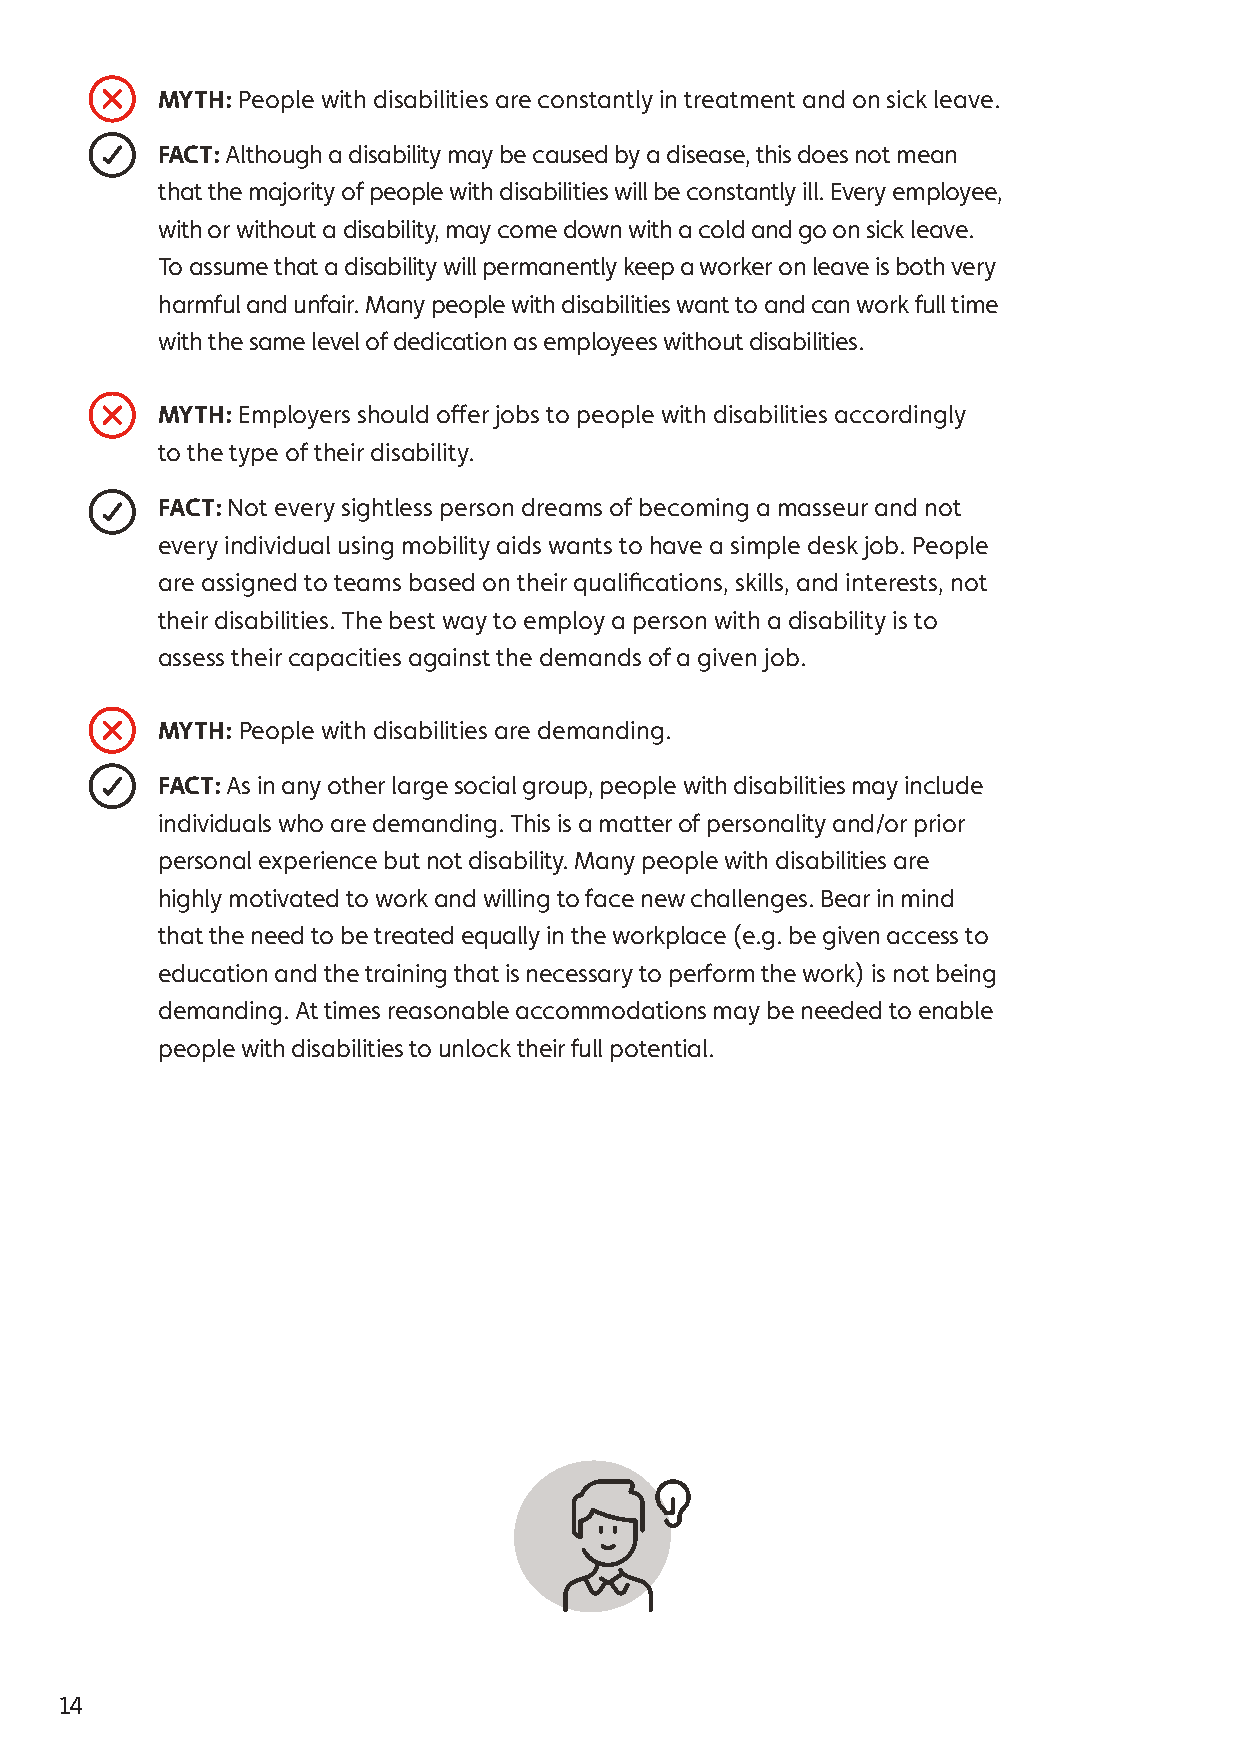
MYTH: People with disabilities are constantly in treatment and on sick leave.
 FACT: Although a disability may be caused by a disease, this does not mean
 that the majority of people with disabilities will be constantly ill. Every employee,
 with or without a disability, may come down with a cold and go on sick leave.
 To assume that a disability will permanently keep a worker on leave is both very
 harmful and unfair. Many people with disabilities want to and can work full time
 with the same level of dedication as employees without disabilities.
 MYTH: Employers should offer jobs to people with disabilities accordingly
 to the type of their disability.
 FACT: Not every sightless person dreams of becoming a masseur and not
 every individual using mobility aids wants to have a simple desk job. People
 are assigned to teams based on their qualifications, skills, and interests, not
 their disabilities. The best way to employ a person with a disability is to
 assess their capacities against the demands of a given job.
 MYTH: People with disabilities are demanding.
 FACT: As in any other large social group, people with disabilities may include
 individuals who are demanding. This is a matter of personality and/or prior
 personal experience but not disability. Many people with disabilities are
 highly motivated to work and willing to face new challenges. Bear in mind
 that the need to be treated equally in the workplace (e.g. be given access to
 education and the training that is necessary to perform the work) is not being
 demanding. At times reasonable accommodations may be needed to enable
 people with disabilities to unlock their full potential.
 14